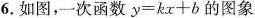
6.如图，一次函数$$y = k x + b$$的图象